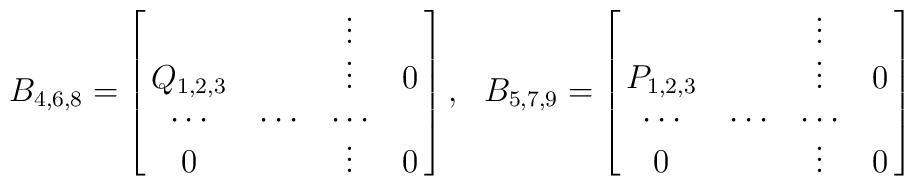
B_{4,6,8}=\left[\matrix{&&\vdots& \cr Q_{1,2,3}&&\vdots&0\cr\cdots&\cdots&\cdots&\cr 0&&\vdots&0}\right] , \ \ B_{5,7,9}=\left[\matrix{&&\vdots& \cr P_{1,2,3}&&\vdots&0\cr \cdots&\cdots&\cdots&\cr 0&&\vdots&0}\right]